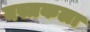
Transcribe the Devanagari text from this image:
वस्त्रकला